Burma Government Medical School reports 1923-41
Year: 1923
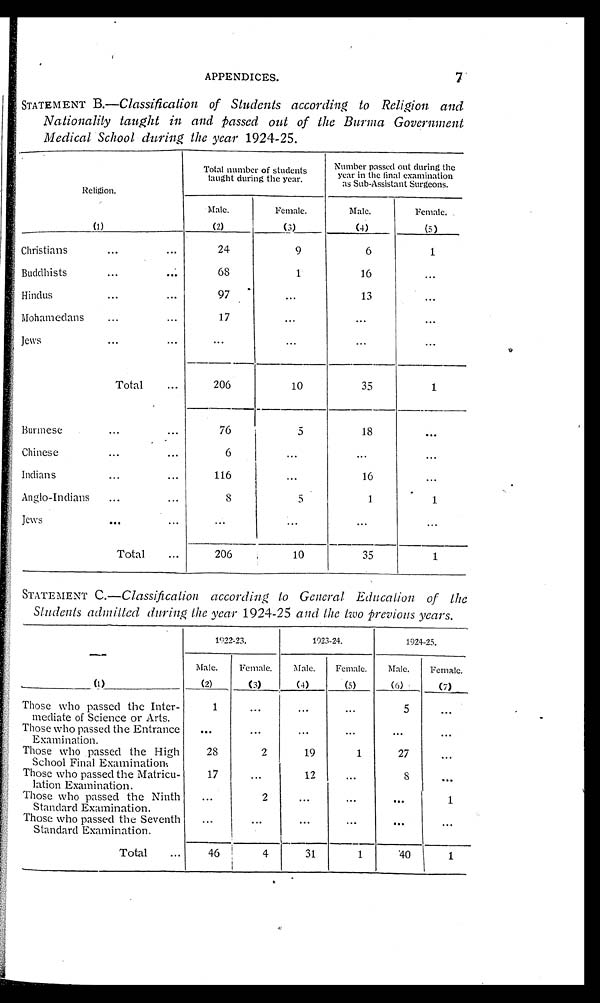
APPENDICES.
7
STATEMENT B.—Classification of Students according to Religion and
Nationality taught in and Passed out of the Burma Government
Medical School during the year 1924-25.
Religion.
Total number of students
taught during the year.
Number passed out during the
year in the final examination
as Sub-Assistant Surgeons.
Male.
Female.
Male.
Female.
(1)
(2)
(3)
( 4 )
(5)
Christians
...
...
24
9
6
1
Buddhists
...
...
68
1
16
...
Hindus
...
• • •
97
13
...
Mohamedans...
17
. . .
. . .
. . .
Jews...
. . .
. . .
. . .
. . .
Total
...
206
10
35
1
Burmese...
...
76
5
18
. . .
Chinese...
6
...
...
...
Indians
...
...
116
. . .
16
. . .
Anglo-Indians...
...
8
5
1
1
Jews
...
... ...
...
...
...
Total
...
206
10
35
1
STATEMENT C .—Classification according to General Education of the
Students admitted during the year 1924-25 and the two previous years.
1922-23.
1923-24.
1924-25.
Male.
Female.
Male.
Female.
Male.
Female.
(1)
(2)
(3)
(4)
(5)
(6)
(7)
Those who passed the Inter-
mediate of Science or Arts.
1
. . .
...
...
5
. . .
Those who passed the Entrance
Examination.
. . .
...
...
...
...
. . .
Those who passed the High
School Final Examination.
28
2
19
1
27
. . .
Those who passed the Matricu-
lation Examination.
17
...
12
...
8
. . .
Those who passed the Ninth
Standard Examination.
...
2
. . .
. . .
...
1
Those who passed the Seventh
Standard Examination.
...
...
...
...
. . .
...
Total
...
46
4
31
1
40
1